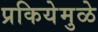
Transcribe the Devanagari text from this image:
प्रकियेमुळे